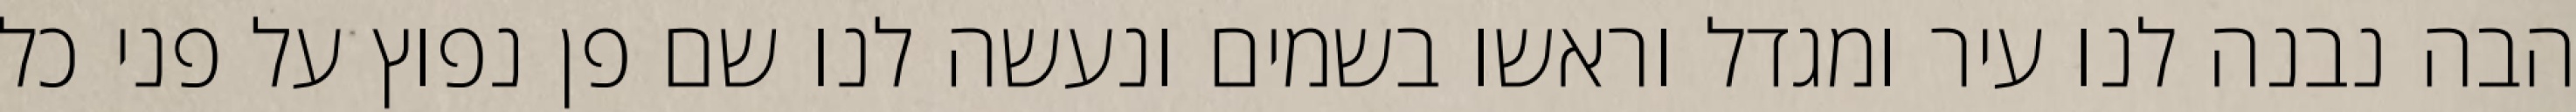
הבה נבנה לנו עיר ומגדל וראשו בשמים ונעשה לנו שם פן נפוץ על פני כל